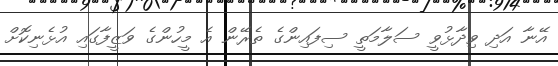
އޭނާ އަދި ވިދާޅުވީ ސަލާމަތީ ސިފައިންގެ ތެރޭން އެ މީހުންގެ ވަޒީފާގައި އުޅެނިކޮށް